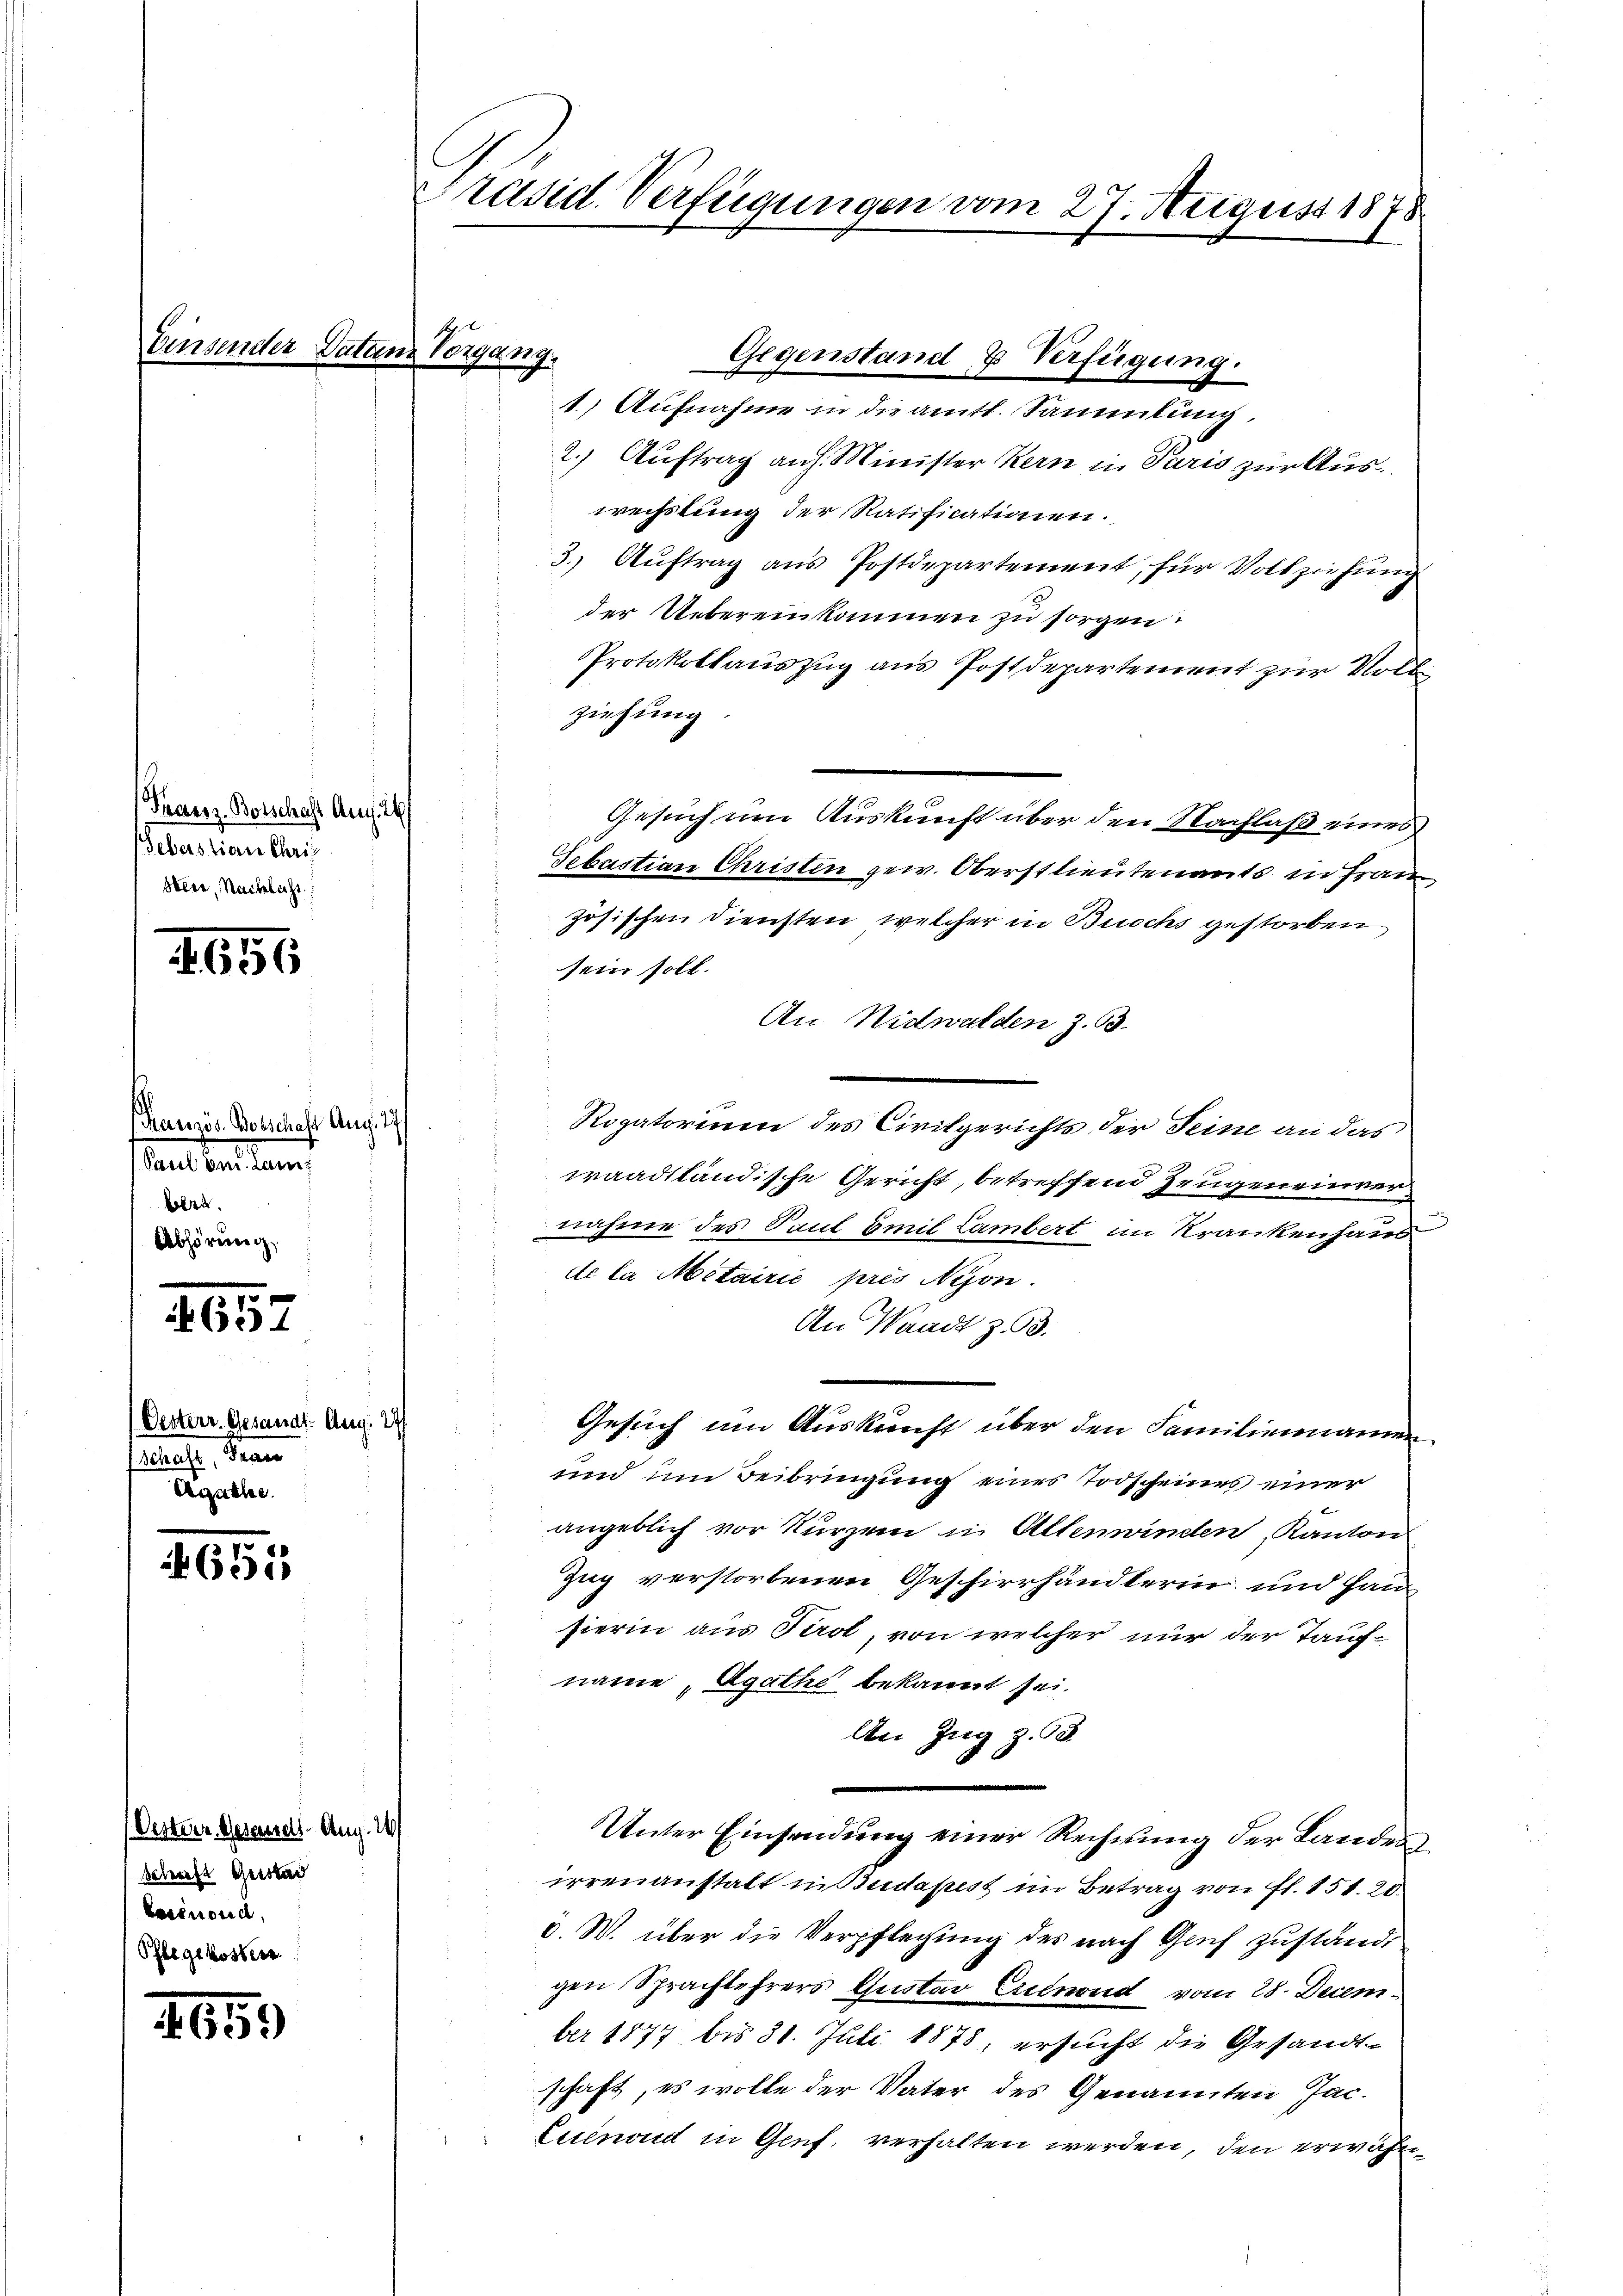
Einsender

Franz. Botschaft Auf 26
Feberstian Chris
Heer, Nachlass

1656

arezös. Botschale Aug. 17
stand bestament
Bolze.
Abhörung

510
AG: 1

Oesterr. Gesandt. Aug. D
Schaft, Frau
Arathe

655

Oesterr. Geseurels Aug. 16
Schaft Giesla
Casinone,
Pflegekosten

4659

Präsid. Verfügungen vom 27. August 1878

.
Tatenz Vorgang.

Gegenstand 7 Verfügung.

1.) Aufnahme in die amtl. Sammlung,
2.) Auftrag auf Minister Kern in Paris zur Auswechstung der Ratificationen.
3. Auftrag aus Postdepartement, für Vollziehung
der Uebereinkommen zu sorgen.
Protokollauszug aus Postdepartement zur Vollziehung
Gesuch um Auskunft über den Nachlaß eines
Sebastian Christen gew. Oberstlieutenants in Frau,
zösischen Diensten, welcher in Buchs gestorben
sein soll.
An Nidwalden z. B.
Rogatorium des Circhgerichts der Seine an das
waadtländische Gericht, betreffend Zeugeneinvernahme des Paul Emil Lambert in Krankenhaus
de la Metairie prés Nyon.
An Waadt z. 93.
Gesuch um Auskunft über den Familiennamen
und im Beibringung eines Todscheines einer
angeblich vor kurzem in Altenwinden, Kanton
Zug verstorbenen Geschierhändlerin und Han
fierin aus Tirol, von welcher nur der Taufnäme, Agathe bekannt sei.
An Zug z. 18
Unter Einsendung einer Rechnung der Landes
errenanstalt in Budapest im Betrag von fl. 151. 20.
c. W. über die Verpflegung des nach Gruf zustand
gen Sprachtehrers Gustav Erenond vom 28. December 1877 bis 31. Juli 1878, ersucht die Gesandtschaft, es wolle der Vater des Genannten Jac.
Leinod in Genf, verhalten werden, den erwähn¬